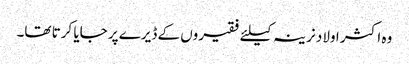
وہ اکثر اولاد نرینہ کیلئے فقیروں کے ڈیرے پر جایا کرتا تھا۔